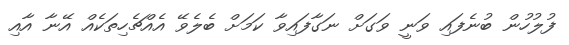
ފުލުހުން ބުނެފައި ވަނީ ވަގަށް ނަގާފައިވާ ކަމަށް ބެލެވޭ އެއްޗެހިތަކެއް އޭނާ އާއި